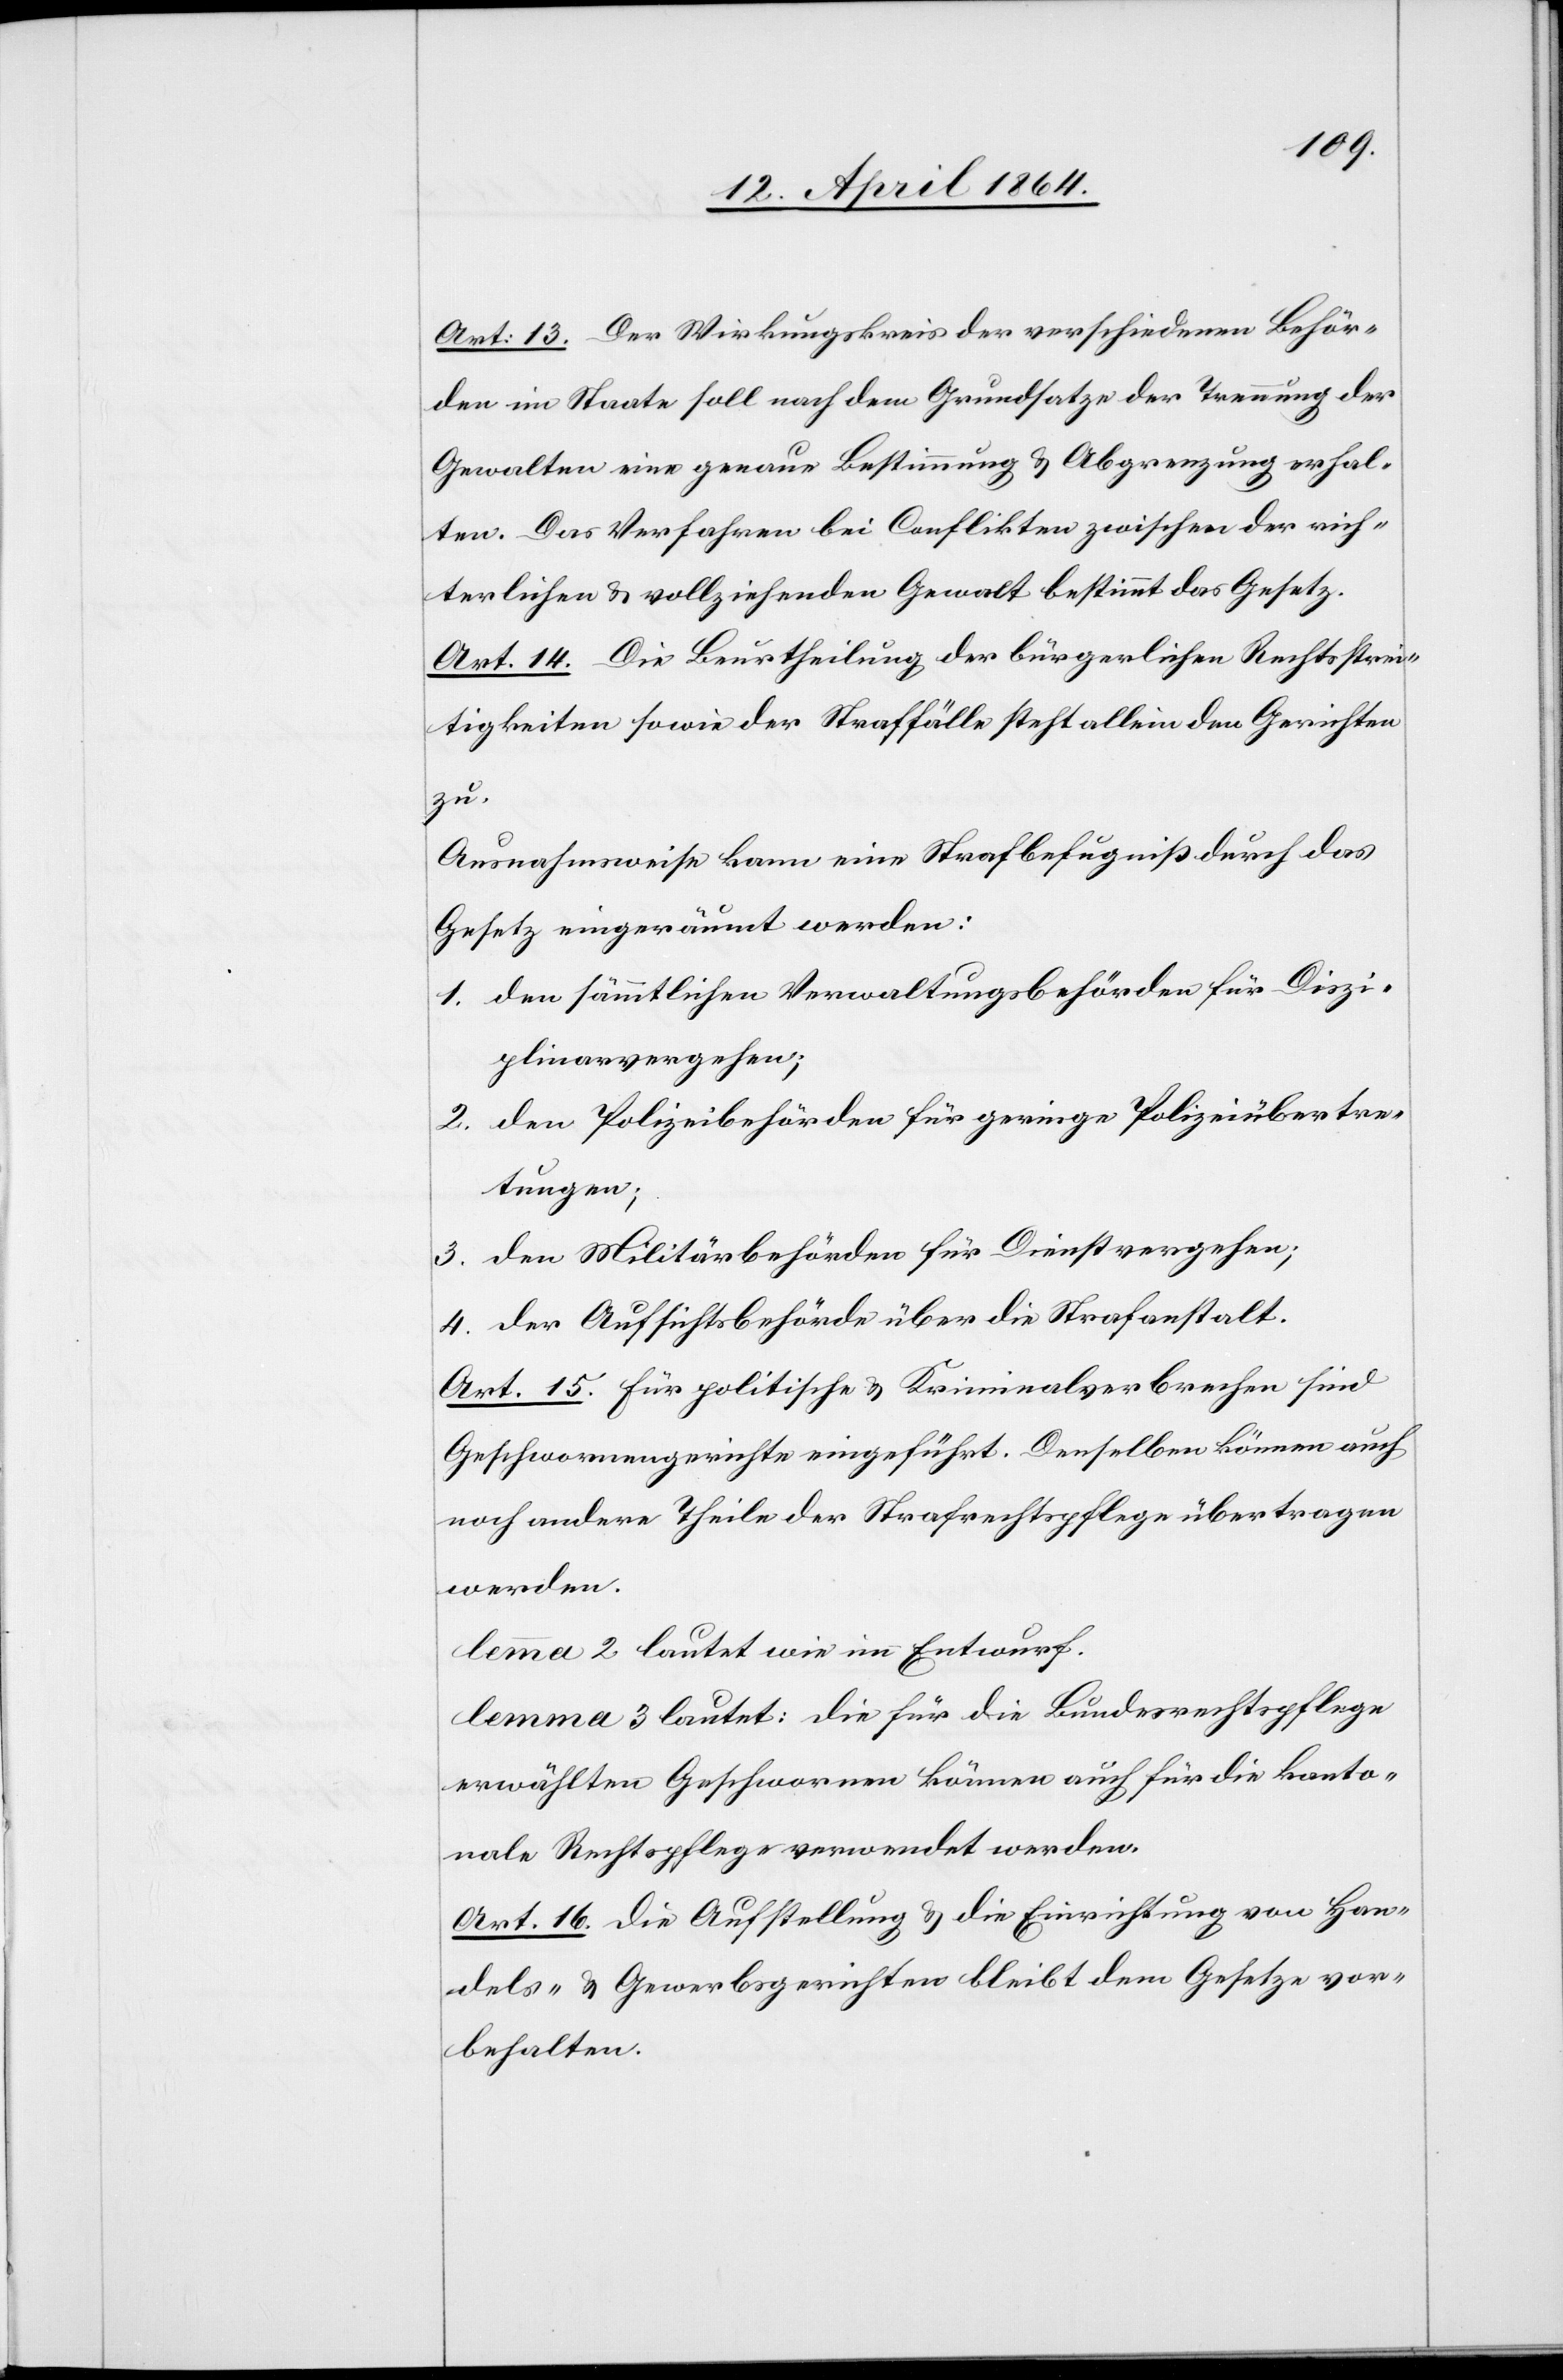
Art: 13. Der Wirkungskreis der verschiedenen Behör¬
den im Staate soll nach dem Grundsatze der Trennung der
Gewalten eine genaue Bestimmung u. Abgrenzung erhal¬
ten. Das Verfahren bei Conflikten zwischen der rich¬
terlichen u. vollziehenden Gewalt bestimmt das Gesetz.
Art. 14. Die Beurtheilung der bürgerlichen Rechtsstrei¬
tigkeiten sowie der Straffälle steht allein den Gerichten
zu.
Ausnahmsweise kann eine Strafbefugniß durch das
Gesetz eingeräumt werden:
1. den sämmtlichen Verwaltungsbehörden für Diszi¬
plinarvergehen;
2. den Polizeibehörden für geringe Polizeiübertre¬
tungen;
3. den Militärbehörden für Dienstvergehen;
4. der Aufsichtsbehörde über die Strafanstalt.
Art. 15. Für politische u. Kriminalverbrechen sind
Geschworenengerichte eingeführt. Denselben können auch
noch andere Theile der Strafrechtspflege übertragen
werden.
lemma 2 lautet wie im Entwurf.
lemma 3 lautet: Die für die Bundesrechtspflege
erwählten Geschworenen können auch für die kanto¬
nale Rechtspflege verwendet werden.
Art. 16. Die Aufstellung u. die Einrichtung von Han¬
dels- u. Gewerbsgerichten bleibt dem Gesetze vor¬
behalten.